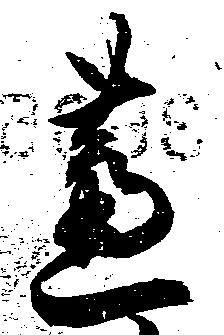
芦